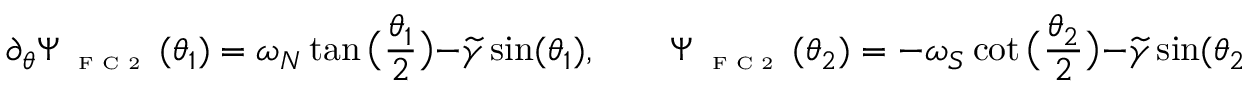
\partial _ { \theta } \Psi _ { \textnormal { \tiny { F C 2 } } } ( \theta _ { 1 } ) = \omega _ { N } \tan \big ( \frac { \theta _ { 1 } } { 2 } \big ) - \widetilde { \gamma } \sin ( \theta _ { 1 } ) , \qquad \Psi _ { \textnormal { \tiny { F C 2 } } } ( \theta _ { 2 } ) = - \omega _ { S } \cot \big ( \frac { \theta _ { 2 } } { 2 } \big ) - \widetilde { \gamma } \sin ( \theta _ { 2 } ) .